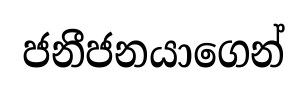
ජනීජනයාගෙන්